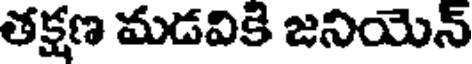
తక్షణ మడవికి జనియెన్